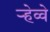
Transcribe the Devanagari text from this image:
र्‍हेव्वे